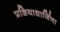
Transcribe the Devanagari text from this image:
प्रशियाधार्जिणा